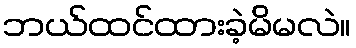
ဘယ်ထင်ထားခဲ့မိမလဲ။